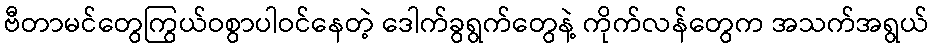
ဗီတာမင်တွေကြွယ်ဝစွာပါဝင်နေတဲ့ ဒေါက်ခွရွက်တွေနဲ့ ကိုက်လန်တွေက အသက်အရွယ်